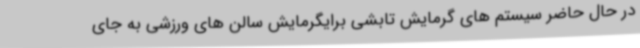
در حال حاضر سیستم های گرمایش تابشی برایگرمایش سالن های ورزشی به جای